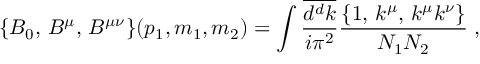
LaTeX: \{ B _ { 0 } , \, B ^ { \mu } , \, B ^ { \mu \nu } \} ( p _ { 1 } , m _ { 1 } , m _ { 2 } ) = \int \frac { \overline { { { d ^ { d } k } } } } { i \pi ^ { 2 } } \frac { \{ 1 , \, k ^ { \mu } , \, k ^ { \mu } k ^ { \nu } \} } { N _ { 1 } N _ { 2 } } \; ,